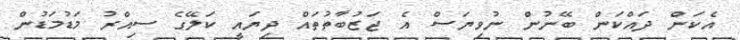
އެކަން ދައްކަން ބޭނުން ނުވިޔަސް އެ ޖަޒުބާތުތައް ދިޔައީ ކަލޭގެ ސިއްރު މަޑުމަޑުން